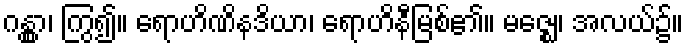
ဂန္တွာ၊ ကြွ၍။ ရောဟိဏိနဒိယာ၊ ရောဟိနီမြစ်၏။ မဇ္ဈေ၊ အလယ်၌။